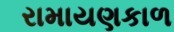
રામાયણકાળ